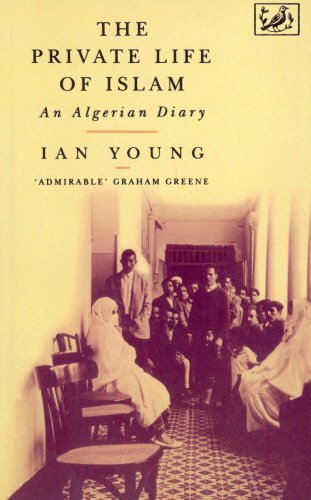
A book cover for The Private Life of Islam: An Algerian Diary; Ian YOUNG; Travel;